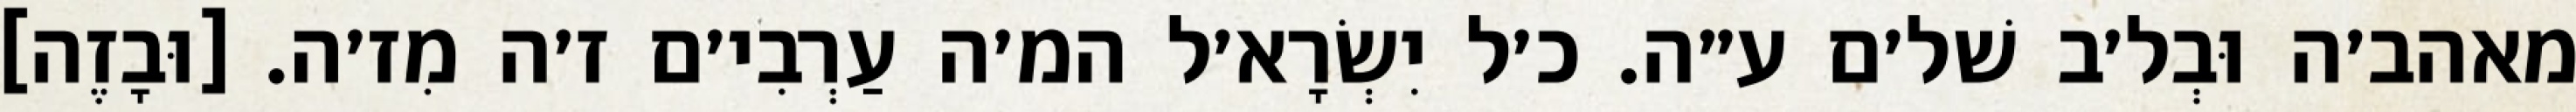
מאהב׳ה וּבְל׳ב שׁל׳ם ע״ה. כ׳ל יִשְׂרָא׳ל המ׳ה עַרְבִי׳ם ז׳ה מִז׳ה. [וּבָזֶה]